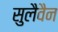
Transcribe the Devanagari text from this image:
सुलैवैन